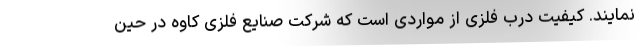
نمایند. کیفیت درب فلزی از مواردی است که شرکت صنایع فلزی کاوه در حین